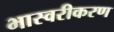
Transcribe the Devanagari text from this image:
भास्वरीकरण